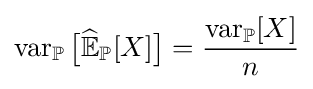
\operatorname {var} _{\mathbb {P} }{\big [}{\widehat {\mathbb {E} }}_{\mathbb {P} }[X]{\big ]}={\frac {\operatorname {var} _{\mathbb {P} }[X]}{n}}